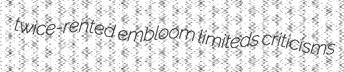
twice-rented embloom limiteds criticisms